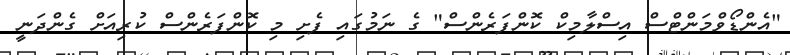
"އެންޑޯވްމަންޓްސް އިސްލާމިކް ކޮންފަރެންސް" ގެ ނަމުގައި ފެށި މި ކޮންފަރެންސް ކުރިއަށް ގެންދަނީ